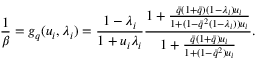
\frac { 1 } { \beta } = g _ { q } ( u _ { i } , \lambda _ { i } ) = \frac { 1 - \lambda _ { i } } { 1 + u _ { i } \lambda _ { i } } \frac { 1 + \frac { \bar { q } ( 1 + \bar { q } ) ( 1 - \lambda _ { i } ) u _ { i } } { 1 + ( 1 - \bar { q } ^ { 2 } ( 1 - \lambda _ { i } ) ) u _ { i } } } { 1 + \frac { \bar { q } ( 1 + \bar { q } ) u _ { i } } { 1 + ( 1 - \bar { q } ^ { 2 } ) u _ { i } } } .